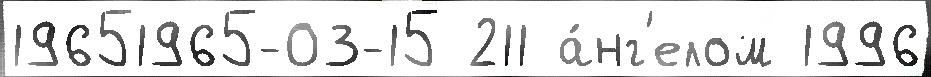
19651965-03-15 211 а́нг'елом 1996